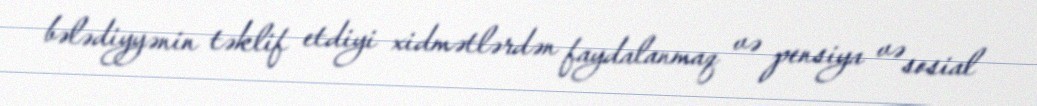
bələdiyyənin təklif etdiyi xidmətlərdən faydalanmaq və pensiya və sosial